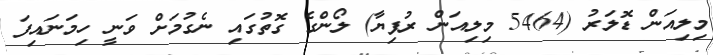
މިލިއަން ޑޮލަރު (5464 މިލިއަން ރުފިޔާ) ލޯންގެ ގޮތުގައި ނެގުމަށް ވަނީ ހިމަނައިފަ